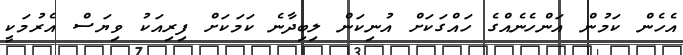
އެހެން ކަމުން އަންހެނެއްގެ ހައްގަކަށް އުނިކަން ލިބިދާނެ ކަމަކަށް ފިރިއަކު ވިޔަސް އެރުމަކީ